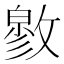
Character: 𰕓